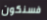
فسنكون